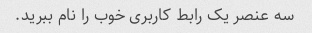
سه عنصر یک رابط کاربری خوب را نام ببرید.